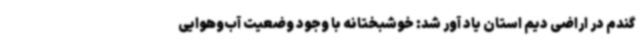
گندم در اراضی دیم استان یاد آور شد: خوشبختانه با وجود وضعیت آب‌وهوایی